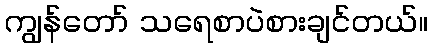
ကျွန်တော် သရေစာပဲစားချင်တယ်။